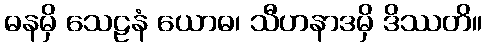
ဓနမှိ သေဠနံ ယောဓ၊ သီဟနာဒမှိ ဒိဿတိ။